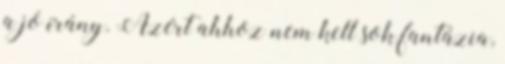
a jó irány. Azért ahhoz nem kell sok fantázia,